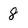
Character: 8